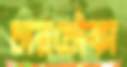
চারচৌকা